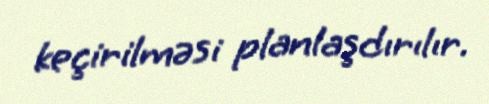
keçirilməsi planlaşdırılır.